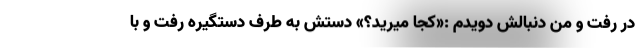
در رفت و من دنبالش دویدم :«کجا میرید؟» دستش به طرف دستگیره رفت و با